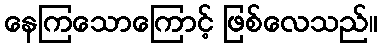
နေကြသောကြောင့် ဖြစ်လေသည်။